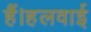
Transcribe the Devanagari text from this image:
हैं।हलवाई